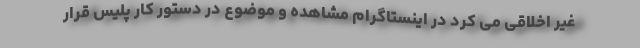
غیر اخلاقی می کرد در اینستاگرام مشاهده و موضوع در دستور کار پلیس قرار